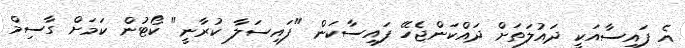
އެ ފައިސާއަކީ ދައުލަތަށް ދައްކަންޖެހޭ ފައިސާކަން "ފައިސަލާ ކުރާނީ" ކޯޓުން ކަމަށް ގާސިމް